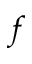
f